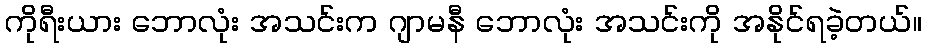
ကိုရီးယား ဘောလုံး အသင်းက ဂျာမနီ ဘောလုံး အသင်းကို အနိုင်ရခဲ့တယ်။